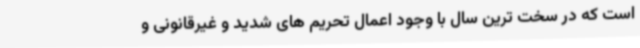
است که در سخت ترین سال با وجود اعمال تحریم های شدید و غیرقانونی و